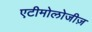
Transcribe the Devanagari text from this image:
एटीमोलोजीज़